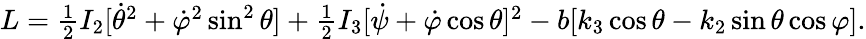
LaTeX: \begin{array}{r}{L=\frac 12I_{2}[\dot{\theta}^{2}+\dot{\varphi}^{2}\sin^{2}\theta]+\frac 12I_{3}[\dot{\psi}+\dot{\varphi}\cos\theta]^{2}-b[k_{3}\cos\theta-k_{2}\sin\theta\cos\varphi].}\end{array}